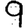
Digit: 9